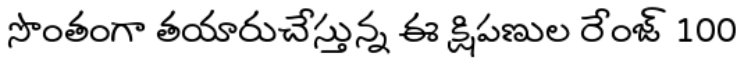
సొంతంగా తయారుచేస్తున్న ఈ క్షిపణుల రేంజ్ 100